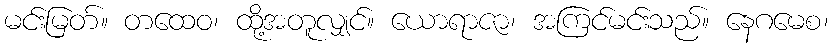
မင်းမြတ်။ တထေဝ၊ ထို့အတူလျှင်။ ယောရာဇာ၊ အကြင်မင်းသည်။ နေဂမေစ၊